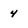
Character: 4